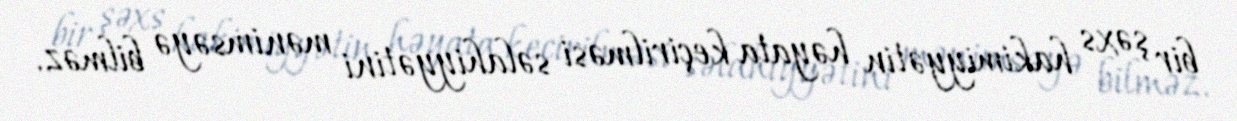
bir şəxs hakimiyyətin həyata keçirilməsi səlahiyyətini mənimsəyə bilməz.